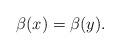
LaTeX: \begin{align*}\beta(x)=\beta(y).\end{align*}